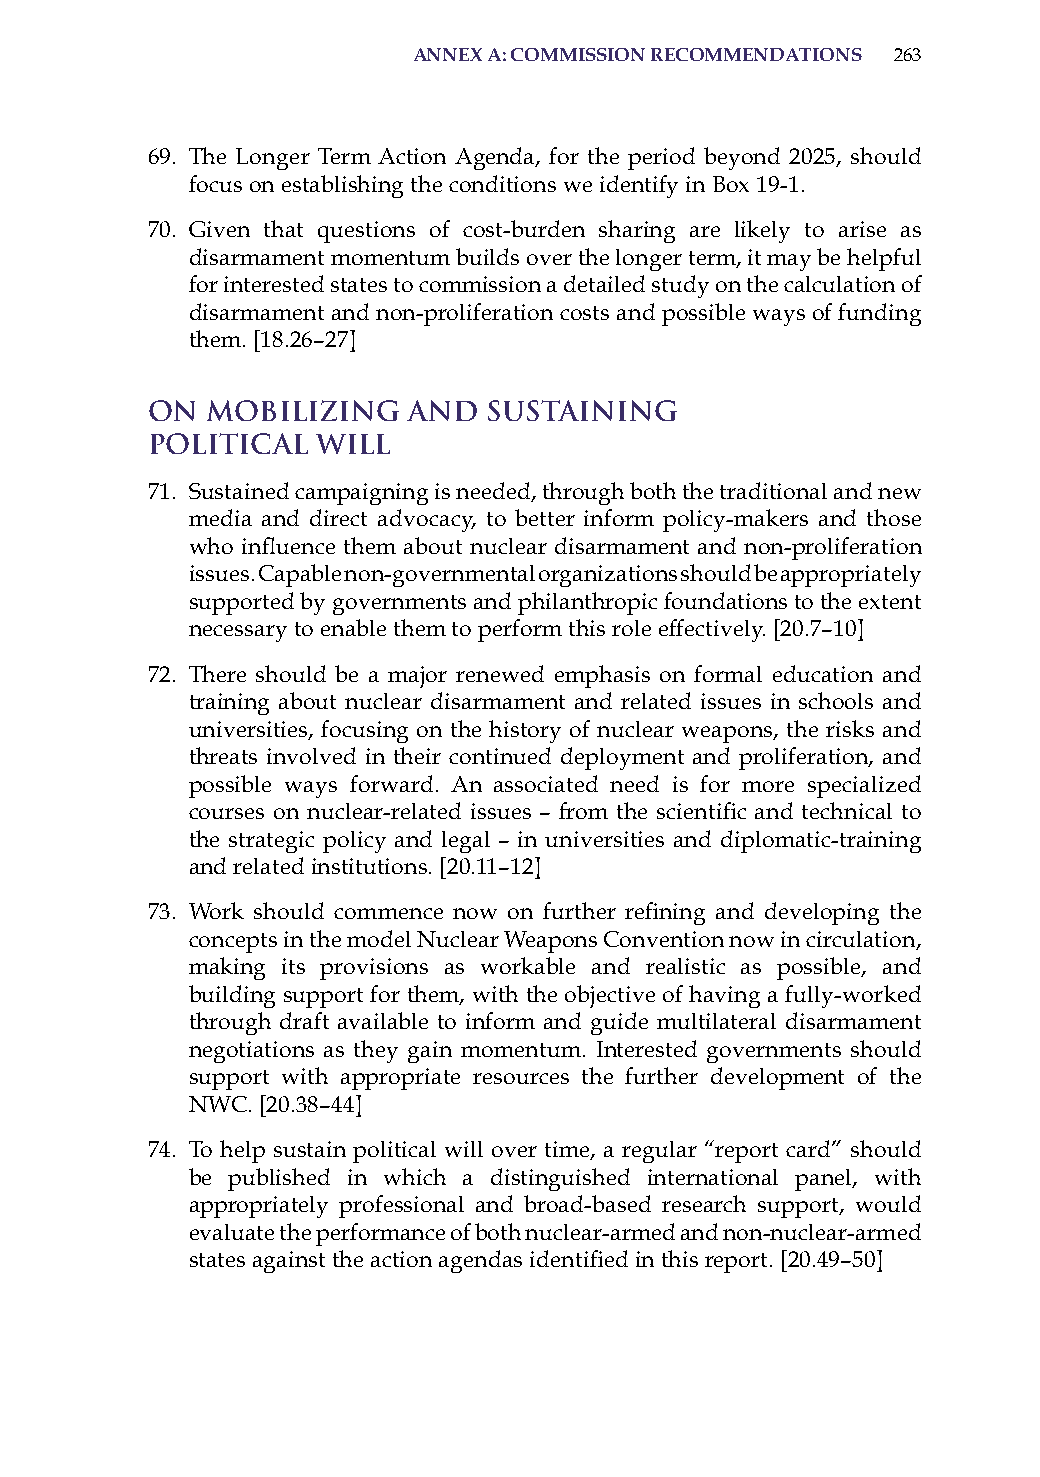
annex a: commission recommendations 263
 69. The Longer Term action agenda, for the period beyond 2025, should
 focus on establishing the conditions we identify in Box 19-1.
 70. Given that questions of cost-burden sharing are likely to arise as
 disarmament momentum builds over the longer term, it may be helpful
 for interested states to commission a detailed study on the calculation of
 disarmament and non-proliferation costs and possible ways of funding
 them. [18.26–27]
 On  Mobilizing   and  Sustaining
 Political  Will
 71. sustained campaigning is needed, through both the traditional and new
 media and direct advocacy, to better inform policy-makers and those
 who influence them about nuclear disarmament and non-proliferation
 issues. Capable non-governmental organizations should be appropriately
 supported by governments and philanthropic foundations to the extent
 necessary to enable them to perform this role effectively. [20.7–10]
 72. There should be a major renewed emphasis on formal education and
 training about nuclear disarmament and related issues in schools and
 universities, focusing on the history of nuclear weapons, the risks and
 threats involved in their continued deployment and proliferation, and
 possible ways forward. an associated need is for more specialized
 courses on nuclear-related issues – from the scientific and technical to
 the strategic policy and legal – in universities and diplomatic-training
 and related institutions. [20.11–12]
 73. Work should commence now on further refining and developing the
 concepts in the model Nuclear Weapons Convention now in circulation,
 making its provisions as workable and realistic as possible, and
 building support for them, with the objective of having a fully-worked
 through draft available to inform and guide multilateral disarmament
 negotiations as they gain momentum. interested governments should
 support with appropriate resources the further development of the
 NWC. [20.38–44]
 74. To help sustain political will over time, a regular “report card” should
 be published in which a distinguished international panel, with
 appropriately professional and broad-based research support, would
 evaluate the performance of both nuclear-armed and non-nuclear-armed
 states against the action agendas identified in this report. [20.49–50]